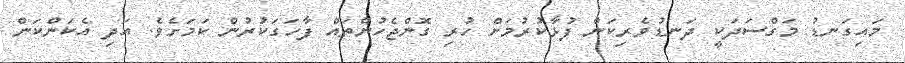
މައިގަނޑު މަގްސަދަކީ ދަނޑުވެރިކަން ފުޅާކުރުމަށް ހުރި ގޮންޖެހުންތައް ފާހަގަކުރުން ކަމަށެވެ. އަދި އެކަންކަން